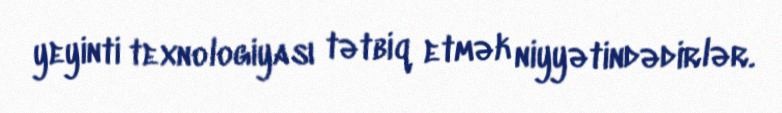
yeyinti texnologiyası tətbiq etmək niyyətindədirlər.